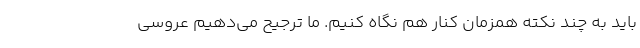
باید به چند نکته همزمان کنار هم نگاه کنیم. ما ترجیح می‌دهیم عروسی